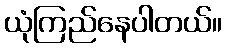
ယုံကြည်နေပါတယ်။